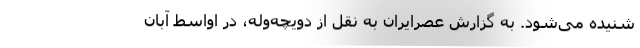
شنیده می‌شود. به گزارش عصرایران به نقل از دویچه‌وله، در اواسط آبان